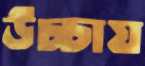
উচ্চায়